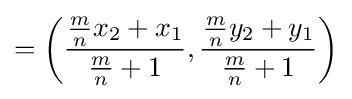
=\left({\frac {{\frac {m}{n}}x_{2}+x_{1}}{{\frac {m}{n}}+1}},{\frac {{\frac {m}{n}}y_{2}+y_{1}}{{\frac {m}{n}}+1}}\right)